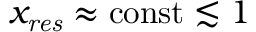
x _ { \mathit { r e s } } \approx \mathrm { c o n s t } \lesssim 1